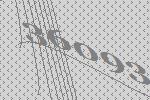
36093